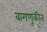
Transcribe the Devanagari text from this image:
वागणूकीत